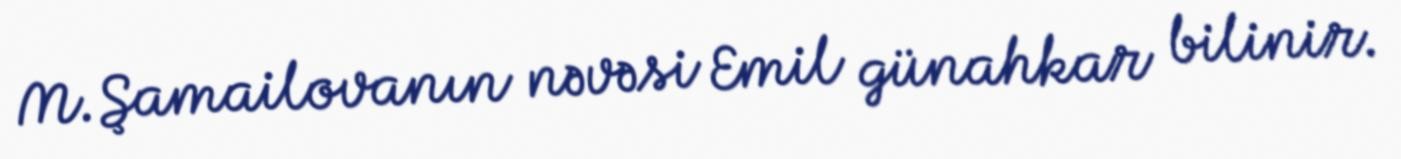
M.Şamailovanın nəvəsi Emil günahkar bilinir.